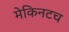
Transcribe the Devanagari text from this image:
मेकिनटच